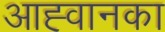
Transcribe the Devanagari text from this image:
आह्वानका